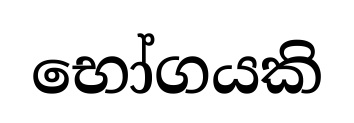
භෝගයකි